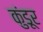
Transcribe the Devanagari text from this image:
कुंडूर